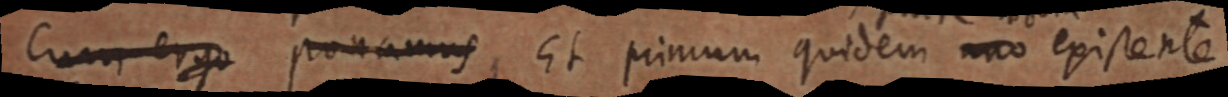
Cum ergo ponamus, Et primum quidem uno existente